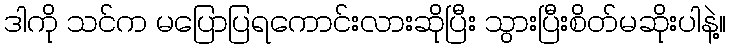
ဒါကို သင်က မပြောပြရကောင်းလားဆိုပြီး သွားပြီးစိတ်မဆိုးပါနဲ့။